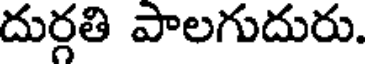
దుర్గతి పాలగుదురు.